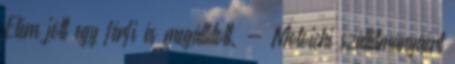
Elém jött egy férfi és megállított. - Motoichi szállítmányáért